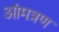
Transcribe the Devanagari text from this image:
आंमत्रण